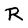
Character: R